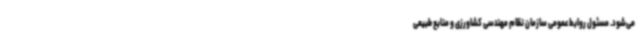
می‌شود. مسئول روابط عمومی سازمان نظام مهندسی کشاورزی و منابع طبیعی